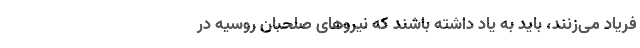
فریاد می‌زنند، باید به یاد داشته باشند که نیروهای صلحبان روسیه در